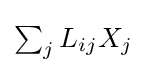
{\textstyle \sum _{j}L_{ij}X_{j}}